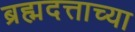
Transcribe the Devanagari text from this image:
ब्रह्मदत्ताच्या